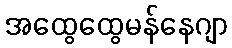
အထွေထွေမန်နေဂျာ